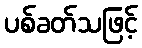
ပစ်ခတ်သဖြင့်